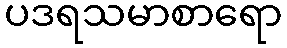
ပဒရသမာစာရော